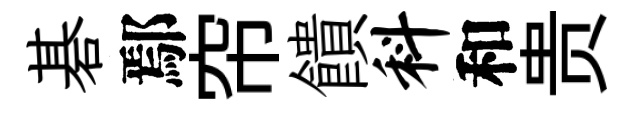
碁鄢帘饋料和贵